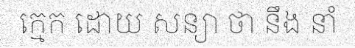
ក្មេក ដោយ សន្យា ថា នឹង នាំ